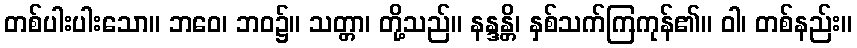
တစ်ပါးပါးသော။ ဘဝေ၊ ဘဝ၌။ သတ္တာ၊ တို့သည်။ နန္ဒန္တိ၊ နှစ်သက်ကြကုန်၏။ ဝါ၊ တစ်နည်း။